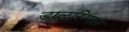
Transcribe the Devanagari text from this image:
डालरिम्पल